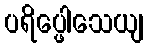
ပရိပ္ဖေါသေယျ